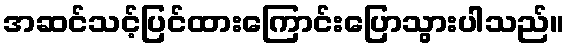
အဆင်သင့်ပြင်ထားကြောင်းပြောသွားပါသည်။